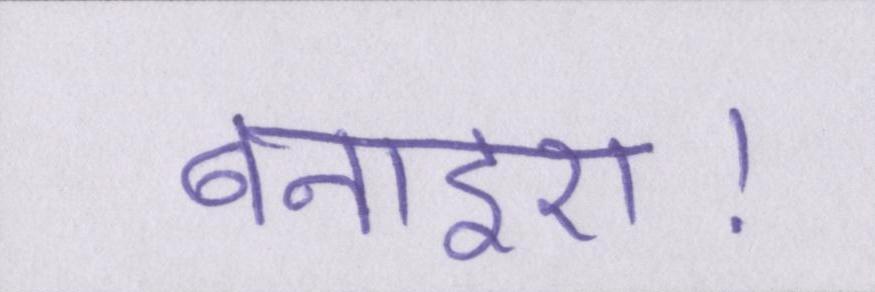
बनाइए।